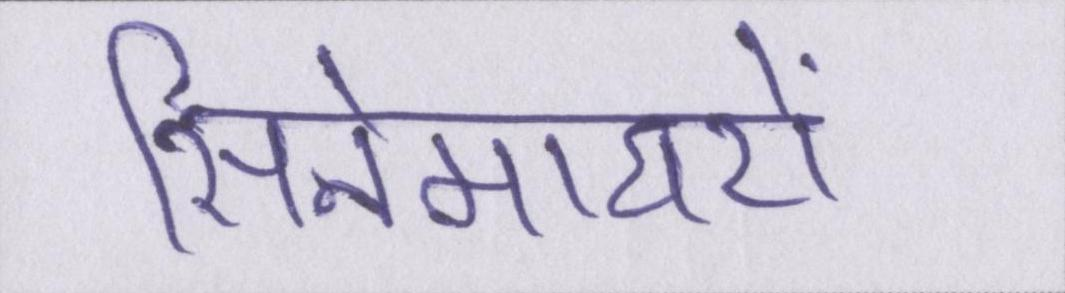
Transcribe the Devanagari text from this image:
सिनेमाघरों